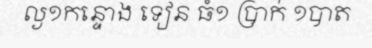
ល្ង១កន្ទោង ទៀន ធំ១ ប្រាក់ ១បាត